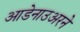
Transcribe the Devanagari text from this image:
आडेनाउअरने